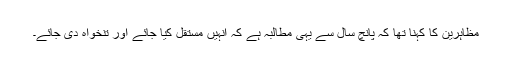
مظاہرین کا کہنا تھا کہ پانچ سال سے یہی مطالبہ ہے کہ انہیں مستقل کیا جائے اور تنخواہ دی جائے۔